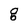
Character: g